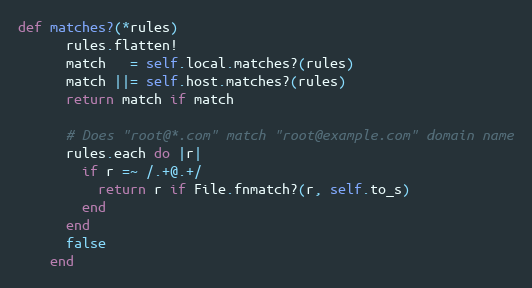
Language: Ruby
def matches?(*rules)
      rules.flatten!
      match   = self.local.matches?(rules)
      match ||= self.host.matches?(rules)
      return match if match

      # Does "root@*.com" match "root@example.com" domain name
      rules.each do |r|
        if r =~ /.+@.+/
          return r if File.fnmatch?(r, self.to_s)
        end
      end
      false
    end